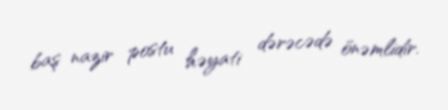
baş nazir postu həyati dərəcədə önəmlidir.